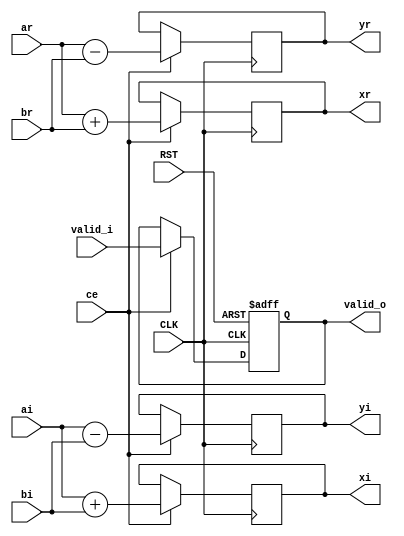

module butterfly2
  #(parameter width = 8
    )
  (
   input                         CLK,
   input                         RST,
   
   input                         valid_i,
   input                         ce, 

   input signed [width-1:0]      ar,
   input signed [width-1:0]      ai,
   
   input signed [width-1:0]      br,
   input signed [width-1:0]      bi,

   output reg                    valid_o,

   output reg signed [width-1:0] xr,
   output reg signed [width-1:0] xi,

   output reg signed [width-1:0] yr,
   output reg signed [width-1:0] yi
   );

   always @(posedge CLK or negedge RST)
     if (!RST) begin
        valid_o <= 1'b0;
     end else begin
        if (ce)
          valid_o <= valid_i;
     end

   always @(posedge CLK) begin
      if (ce) begin
         xr <= ar + br;
         xi <= ai + bi;
         yr <= ar - br;
         yi <= ai - bi;
      end
   end

endmodule // butterfly2